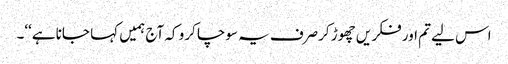
اس لیے تم اور فکر یں چھوڑ کرصرف یہ سوچا کرو کہ آج ہمیں کہا جانا ہے‘‘۔